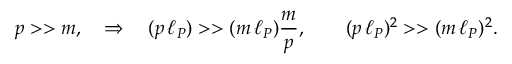
p > > m , \quad \Rightarrow \quad ( p \, \ell _ { P } ) > > ( m \, \ell _ { P } ) \frac { m } { p } , \qquad ( p \, \ell _ { P } ) ^ { 2 } > > ( m \, \ell _ { P } ) ^ { 2 } .